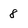
Character: 8